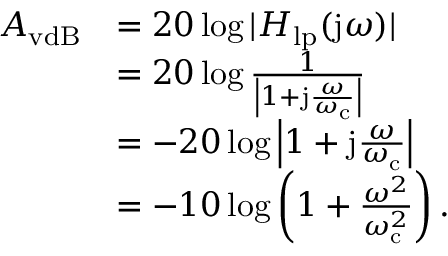
{ \begin{array} { r l } { A _ { \mathrm { v d B } } } & { = 2 0 \log | H _ { \mathrm { l p } } ( \mathrm { j } \omega ) | } \\ & { = 2 0 \log { \frac { 1 } { \left| 1 + \mathrm { j } { \frac { \omega } { \omega _ { \mathrm { c } } } } \right| } } } \\ & { = - 2 0 \log \left| 1 + \mathrm { j } { \frac { \omega } { \omega _ { \mathrm { c } } } } \right| } \\ & { = - 1 0 \log \left( 1 + { \frac { \omega ^ { 2 } } { \omega _ { \mathrm { c } } ^ { 2 } } } \right) . } \end{array} }